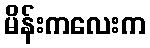
မိန်းကလေးက